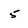
Character: 5